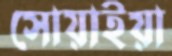
সোয়াইয়া